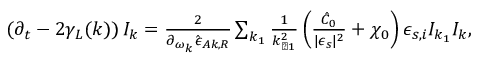
\begin{array} { r } { \left( \partial _ { t } - 2 \gamma _ { L } ( k ) \right) I _ { k } = \frac { 2 } { \partial _ { \omega _ { k } } \hat { \epsilon } _ { A k , R } } \sum _ { k _ { 1 } } \frac { 1 } { k _ { \perp 1 } ^ { 2 } } \left( \frac { \hat { C } _ { 0 } } { \lvert \epsilon _ { s } \rvert ^ { 2 } } + \chi _ { 0 } \right) \epsilon _ { s , i } I _ { k _ { 1 } } I _ { k } , } \end{array}